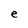
Character: e